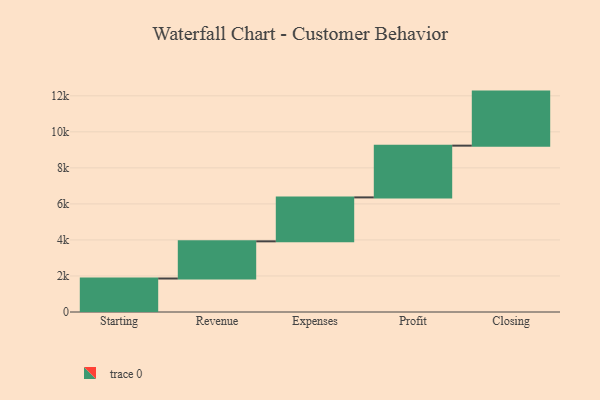
{"axis": {"x": "Step", "y": "Value"}, "legend": [""], "data": [{"x": "Starting", "y": 1859.0, "type": ""}, {"x": "Revenue", "y": 2063.0, "type": ""}, {"x": "Expenses", "y": 2439.0, "type": ""}, {"x": "Profit", "y": 2873.0, "type": ""}, {"x": "Closing", "y": 3000, "type": ""}]}